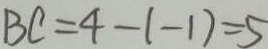
B C = 4 - ( - 1 ) = 5